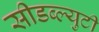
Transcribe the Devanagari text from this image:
सीडब्ल्युटी